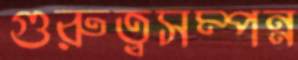
গুরুত্বসম্পন্ন